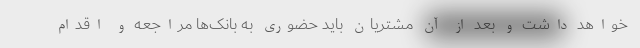
خواهد داشت و بعد از آن مشتریان باید حضوری به بانک‌ها مراجعه و اقدام